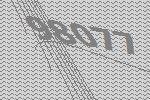
98077